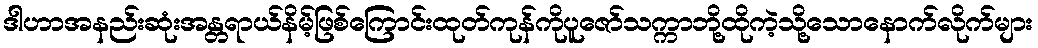
ဒါဟာအနည်းဆုံးအန္တရာယ်နိမ့်ဖြစ်ကြောင်းထုတ်ကုန်ကိုပူဇော်သက္ကာဘို့ထိုကဲ့သို့သောနောက်လိုက်များ